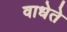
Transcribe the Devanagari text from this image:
वाधेते